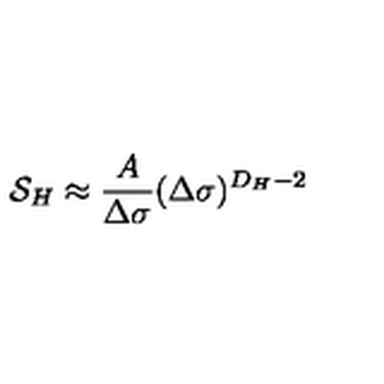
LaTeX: { \cal S } _ { H } \approx { \frac { A } { \Delta \sigma } } ( \Delta \sigma ) ^ { D _ { H } - 2 }